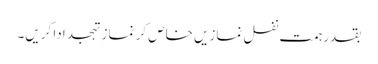
بقدرِہمت نفل نمازیں خاص کر نماز ِتہجد ادا کریں۔